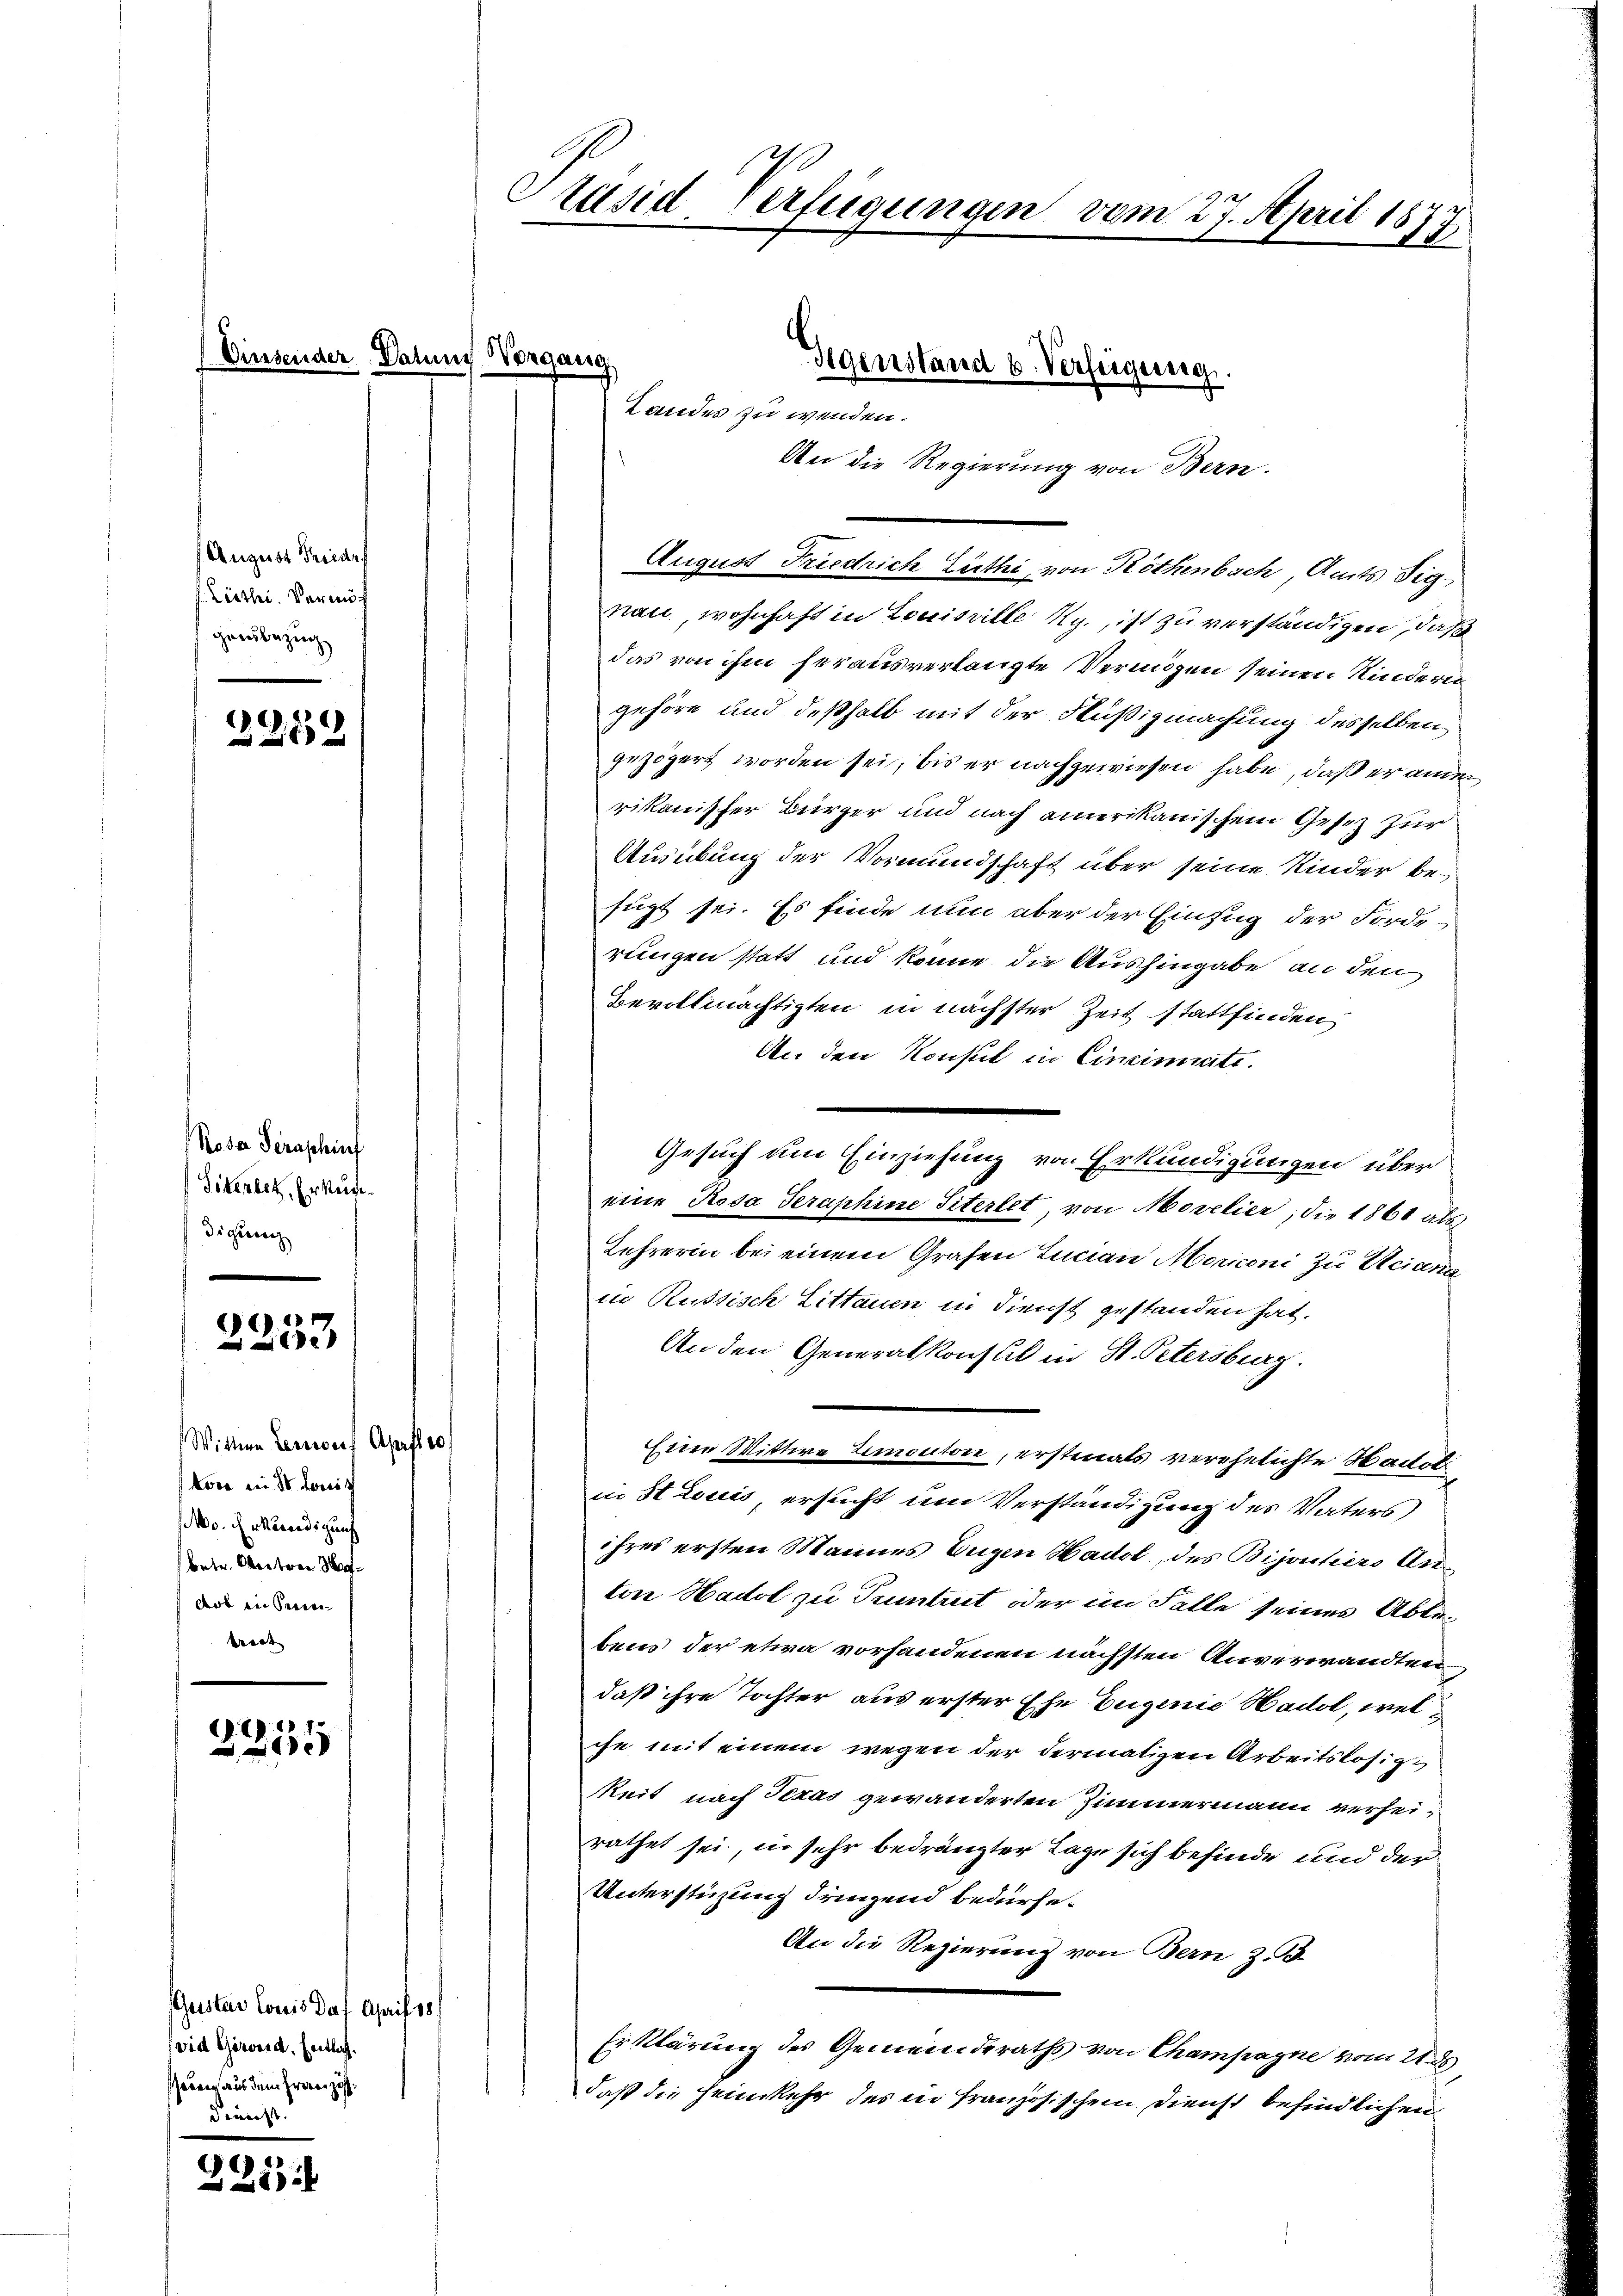
August Friederf
f. Ziechi. Vormi
gensbezug

¬
252

Rosa Seraschinf
Sitendet, Erkundigung

)
e

Wittwe Lemons Aprfle
Voce in 10 Louis
Mo. Erkendigung
betr. Obertore M
ders in sein
breit

2
x

Gustav Louis dat. April 18
wid Girard, Entlasheben aus dem Prorenze
dienst.

2213

insender Datum Vorgang

Stand Verfügungen vom 27. April 18
1.

August Friedrich Lüthi, von Rothenbach Amts Signau, wohnhaft in Louisville Rg., ist zu verständigen, daß
das von ihm herausverlangte Vermögen seinen Kindern
gehöre und deßhalb mit der Flüßigmachung desselben
gezögert worden sei, bis er nachgewiesen habe, daß er ame
rikanischer Bürger und nach amerikanischem Gesetz zur
Ausübung der Vormundschaft über seine Kinder befügt sei. Es finde nun aber der Einzug der Forderungen statt und könne die Aushingabe an den
Bevollmächtigten in nächster Zeit stattfinden,
An den Konsul in Cincinati
eine Rosa Geraphine Sitertet von Movelier, die 1861 als
Lehrerin bei einem Grafen Lucian Moriconi zu Uciana
in Russisch Littauen in Dienst gestanden hat.
An den Generalkonsul in St. Petersburg.
Eier Wittwe Lemontore, erstmals verehelichte Hochobe
in St Louis ersucht um Verständigung des Vaters
ihres ersten Mannes Eugen Wackel, des Bijoutiers Anton Hadol zu Pruntrut oder im Falle seines Ableg
bens der etwa vorhandenen nächsten Anverwandten
daß ihre Tochter aus erster Ehe Eugenie Hadol, welche mit einem wegen der dermatigen Arbeitslosigkeit nach Texas gewänderten Zimmermann verheirathet sei, in sehr bedrängter Lage sich befinde und der
Unterstüzung dringend bedürfe.
An die Regierung von Bern z. B.
Erklärung des Gemeinderaths von Champagne vom 21. ds
daß die Heimkehr des in französischem Dienst befindlichen

Landes zu wenden.

Gegenstand u. Verfügung.
An die Regierung von Bern.

Gesuch um Einziehung von Erkundigungen über